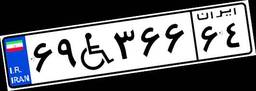
۰۲W۹۱۹۰۰